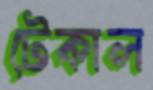
টেকাল